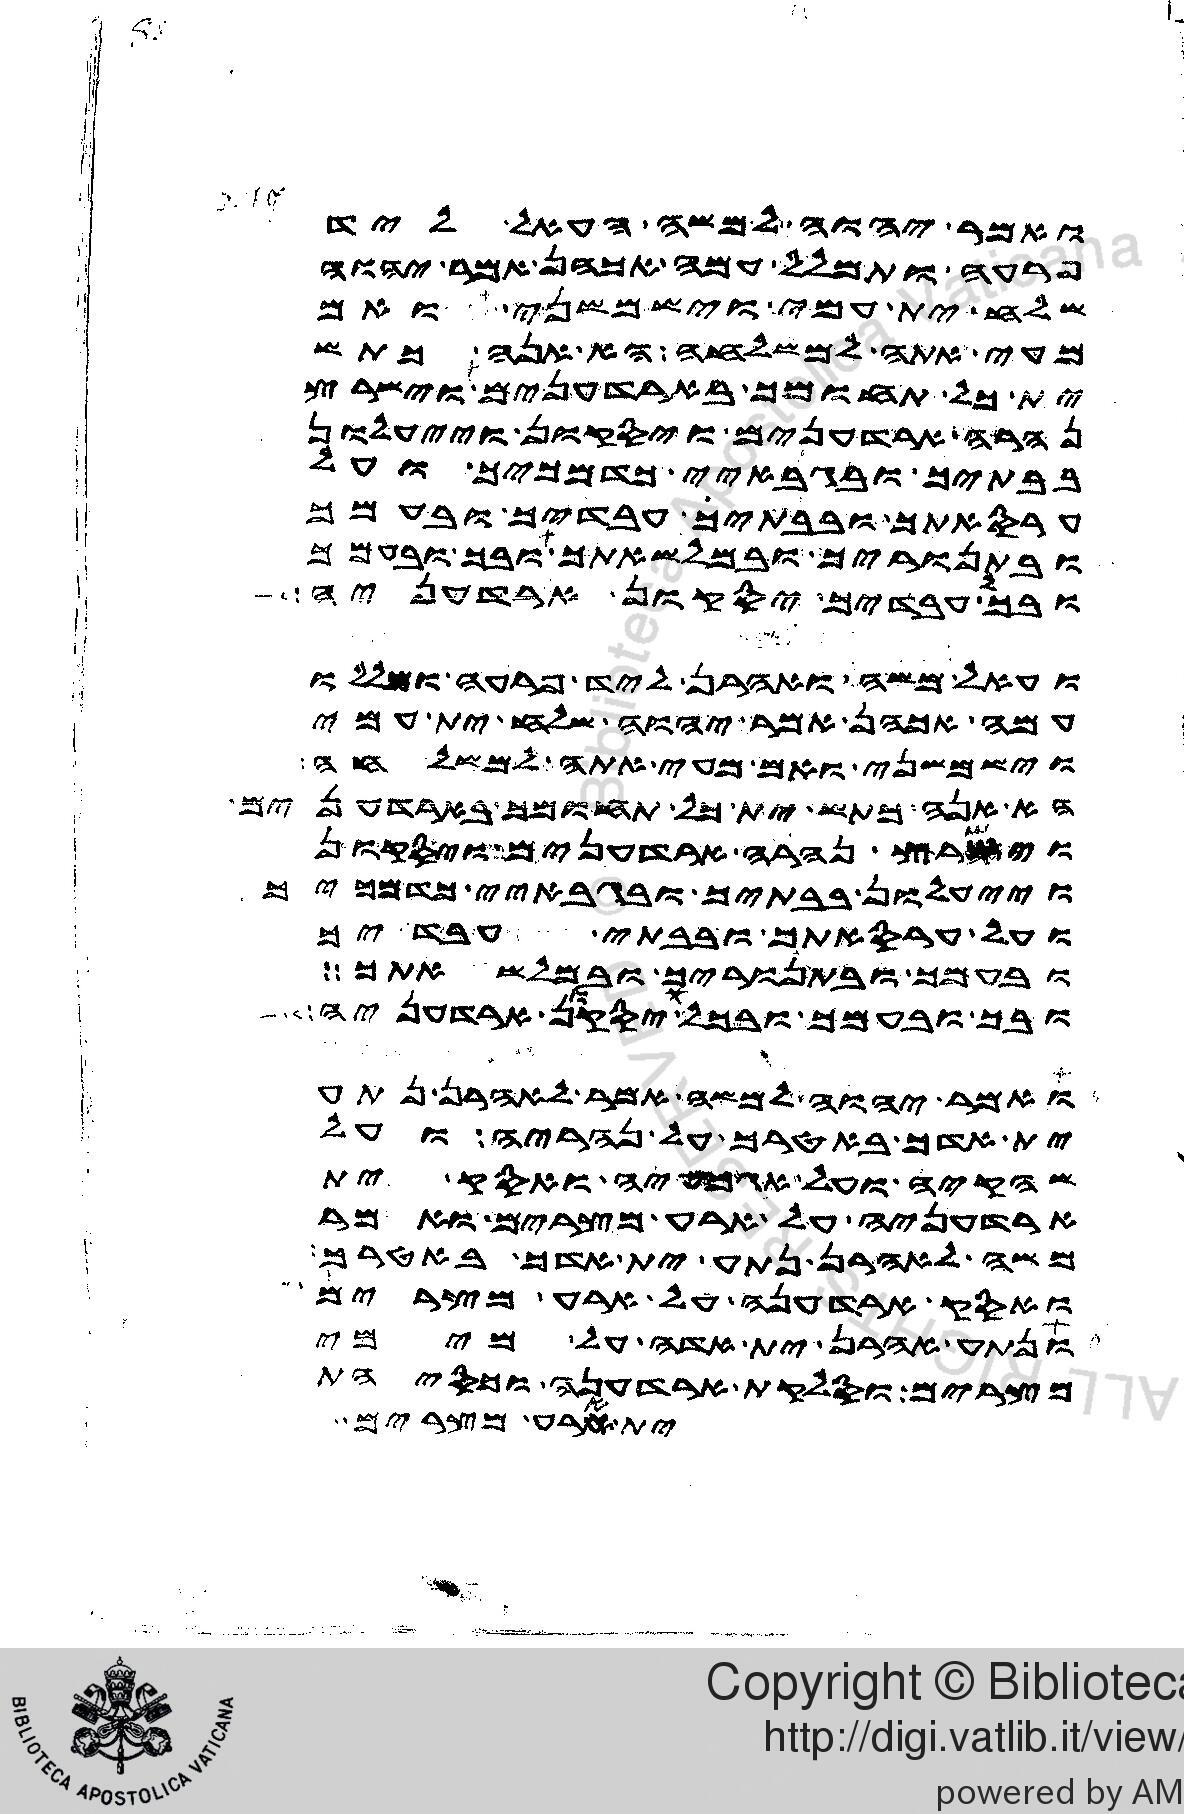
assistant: ואמר יהוה למשה העאל ליד
פרעה ותמלל עמה אכהן אמר יהוה
שלח ית עמי וישמשני ואם
מעי אתה למשלחה הא אנה כתש
ית כל תחומך בארדענים וישרץ
נהרה ארדענים ויסקון וייעלון
בבתיך ובגבאיי מדמכיך ועל
ערסאתך ובבתיך עבדיך ובעמך
ובתנוריך ובמלשאתך ובך ובעמך
ובכל עבדיך יסקון ארדעניה
ועאל משה ואהרן ליד פרעה ומללו
עמה אכהן אמר יהוה שלח ית עמי
וישמשני ואם מעי אתה למשלחה
הא אנה כתש ית כל תחומך בארדענים
וישרץ נהרה ארדענים ויסקון
וייעלון בבתיך ובגבאיי מדמכיך
ועל ערסאתך ובבתי עבדיך
ובעמך ובתנוריך ובמלשאתך
ובך ובעמך ובכל עבדיך יסקון ארדעניה
ואמר יהוה למשה אמר לאהרן נתע
ית אדך באטרך על נהריה ועל
שהקיה ועל אגמעיה ואסק ית
ארדעניה על ארע מצרים ואמר
משה לאהרן נתע ית אדך באטרך
ואסק ארדעניה על ארע מצרים
ונתע אהרן ית אדה על מימי
מצרים וסלקת ארדעניה וכסיהת
ית ארע מצרים